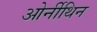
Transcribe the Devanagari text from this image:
ओर्नीथिन